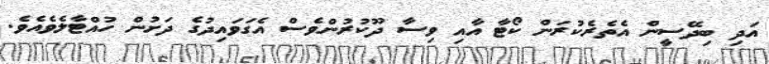
އަދި ބިދޭސީން އެތެރެކުރަން ކޯޓާ އާއި ވިސާ ދޫކުރުންވެސް އެގަވައިދުގެ ދަށުން ހުއްޓާލެވެއެވެ.